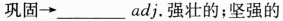
巩固→___adj.强壮的；坚强的